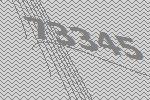
73345